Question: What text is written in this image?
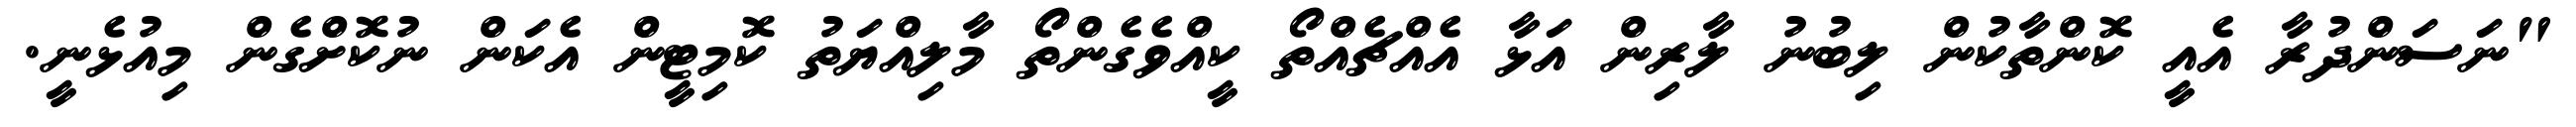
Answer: "ނަސަންދުރާ އެއީ ކޮންތާކުން ލިބުނު ލާރިން އަޅާ އެއްޗެއްތޯ ކީއްވެގެންތޯ މާލިއްޔަތު ކޮމިޓީން އެކަން ނުކޮށްގެން މިއުޅެނީ.